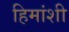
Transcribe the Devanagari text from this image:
हिमांशी